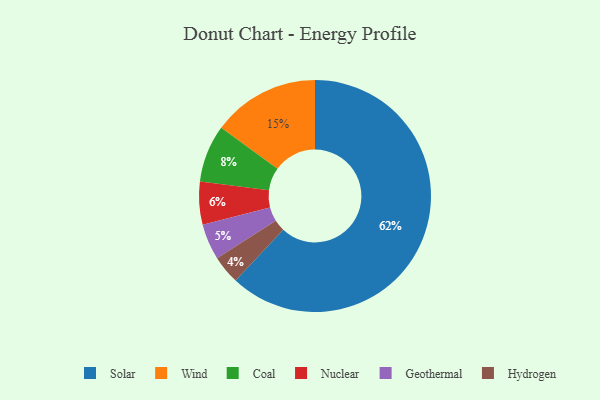
{"axis": {"x": "Category", "y": "Percentage"}, "legend": ["Coal", "Geothermal", "Hydrogen", "Nuclear", "Solar", "Wind"], "data": [{"x": "Coal", "y": 8, "type": "Coal"}, {"x": "Solar", "y": 62, "type": "Solar"}, {"x": "Hydrogen", "y": 4, "type": "Hydrogen"}, {"x": "Wind", "y": 15, "type": "Wind"}, {"x": "Nuclear", "y": 6, "type": "Nuclear"}, {"x": "Geothermal", "y": 5, "type": "Geothermal"}]}